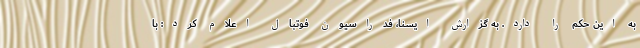
به این حکم را دارد. به گزارش ایسنا، فدراسیون فوتبال اعلام کرد: با